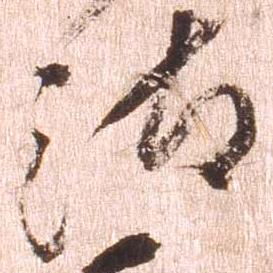
汰